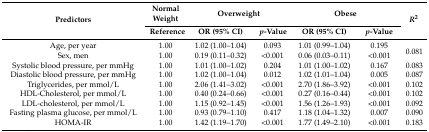
<table><thead><tr><td rowspan="2"><b>Predictors</b></td><td><b>Normal Weight</b></td><td colspan="2"><b>Overweight</b></td><td colspan="2"><b>Obese</b></td><td rowspan="2"><b><i>R</i><sup>2</sup></b></td></tr><tr><td><b>Reference</b></td><td><b>OR (95% CI)</b></td><td><b><i>p</i>-Value</b></td><td><b>OR (95% CI)</b></td><td><b><i>p</i>-Value</b></td></tr></thead><tbody><tr><td>Age, per year</td><td>1.00</td><td>1.02 (1.00–1.04)</td><td>0.093</td><td>1.01 (0.99–1.04)</td><td>0.195</td><td rowspan="2">0.081</td></tr><tr><td>Sex, men</td><td>1.00</td><td>0.19 (0.11–0.32)</td><td>&lt;0.001</td><td>0.06 (0.03–0.11)</td><td>&lt;0.001</td></tr><tr><td>Systolic blood pressure, per mmHg</td><td>1.00</td><td>1.01 (1.00–1.02)</td><td>0.204</td><td>1.01 (1.00–1.02)</td><td>0.167</td><td>0.083</td></tr><tr><td>Diastolic blood pressure, per mmHg</td><td>1.00</td><td>1.02 (1.00–1.04)</td><td>0.012</td><td>1.02 (1.01–1.04)</td><td>0.005</td><td>0.087</td></tr><tr><td>Triglycerides, per mmol/L </td><td>1.00</td><td>2.06 (1.41–3.02)</td><td>&lt;0.001</td><td>2.70 (1.86–3.92)</td><td>&lt;0.001</td><td>0.102</td></tr><tr><td>HDL-Cholesterol, per mmol/L</td><td>1.00</td><td>0.40 (0.24–0.66)</td><td>&lt;0.001</td><td>0.27 (0.16–0.44)</td><td>&lt;0.001</td><td>0.102</td></tr><tr><td>LDL-cholesterol, per mmol/L</td><td>1.00</td><td>1.15 (0.92–1.45)</td><td>&lt;0.001</td><td>1.56 (1.26–1.93)</td><td>&lt;0.001</td><td>0.092</td></tr><tr><td>Fasting plasma glucose, per mmol/L</td><td>1.00</td><td>0.93 (0.79–1.10)</td><td>0.417</td><td>1.18 (1.04–1.32)</td><td>0.007</td><td>0.090</td></tr><tr><td>HOMA-IR</td><td>1.00</td><td>1.42 (1.19–1.70)</td><td>&lt;0.001</td><td>1.77 (1.49–2.10)</td><td>&lt;0.001</td><td>0.183</td></tr></tbody></table>